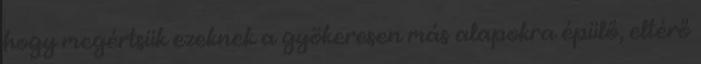
hogy megértsük ezeknek a gyökeresen más alapokra épülő, eltérő